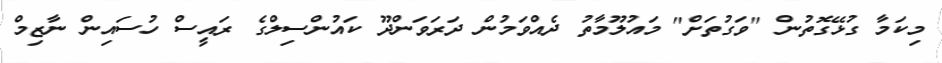
މިކަމާ ގުޅޭގޮތުން "ވަގުތަށް" މައުލޫމާތު ދެއްވަމުން ދަރަވަންދޫ ކައުންސިލްގެ ރައީސް ހުސައިން ނާޒިމް